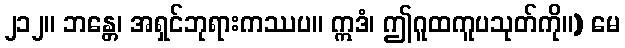
၂၁၂။ ဘန္တေ၊ အရှင်ဘုရားကဿပ။ ဣဒံ၊ ဤဂူထကူပသုတ်ကို။) မေ